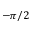
- \pi / 2